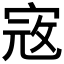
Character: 𡨥